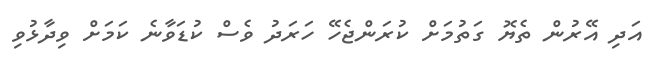
އަދި އޭރުން ތެޔޮ ގަތުމަށް ކުރަންޖެހޭ ހަރަދު ވެސް ކުޑަވާނެ ކަމަަށް ވިދާޅުވި